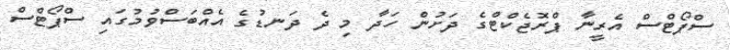
ސްޕޯޓްސް އެރީނާ ޕްރޮޖެކްޓްގެ ދަށުން ހަދާ މި ދެ ދަނޑުގެ އެއްބަސްވުމުގައި ސްޕޯޓްސް